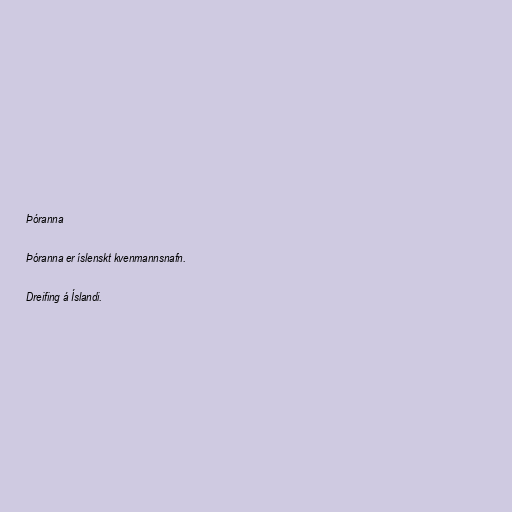
Þóranna

Þóranna er íslenskt kvenmannsnafn.

Dreifing á Íslandi.